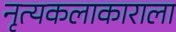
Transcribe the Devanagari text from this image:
नृत्यकलाकाराला